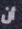
أن